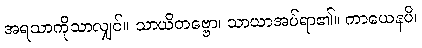
အရသာကိုသာလျှင်။ သာယိတဗ္ဗော၊ သာယာအပ်ရာ၏။ ကာယေနပိ၊